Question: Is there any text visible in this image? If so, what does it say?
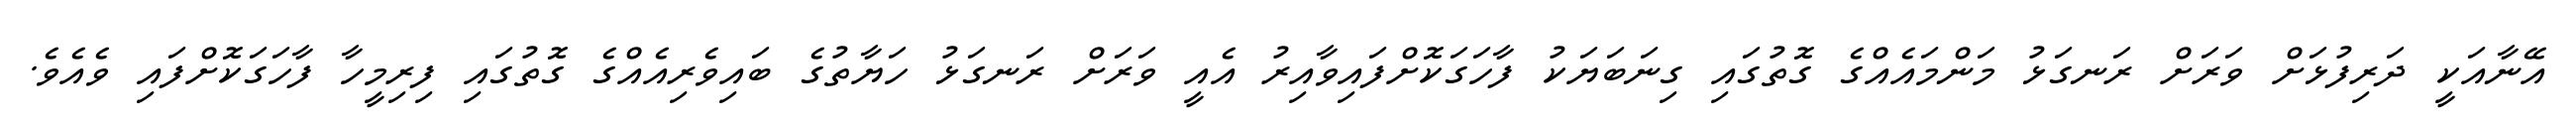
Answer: އޭނާއަކީ ދަރިފުޅަށް ވަރަށް ރަނގަޅު މަންމައެއްގެ ގޮތުގައި ގިނަބަޔަކު ފާހަގަކޮށްފައިވާއިރު އެއީ ވަރަށް ރަނގަޅު ހަޔާތުގެ ބައިވެރިއެއްގެ ގޮތުގައި ފިރިމީހާ ފާހަގަކޮށްފައި ވެއެވެ.